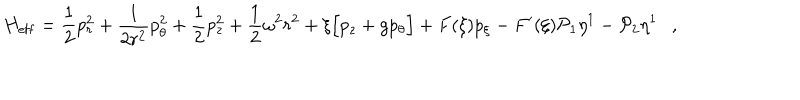
LaTeX: H _ { \mathrm { e f f } } = \frac { 1 } { 2 } p _ { r } ^ { 2 } + \frac { 1 } { 2 r ^ { 2 } } p _ { \theta } ^ { 2 } + \frac { 1 } { 2 } p _ { z } ^ { 2 } + \frac { 1 } { 2 } \omega ^ { 2 } r ^ { 2 } + \xi \Big [ p _ { z } + g p _ { \theta } \Big ] + F ( \xi ) p _ { \xi } - F ^ { \prime } ( \xi ) { \cal P } _ { 1 } \eta ^ { 1 } - { \cal P } _ { 2 } \eta ^ { 1 } \ \ \ ,